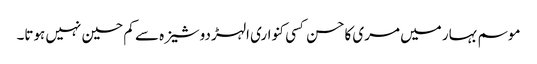
موسم بہار میں مری کاحسن کسی کنواری الہڑ دوشیزہ سے کم حسین نہیں ہوتا۔